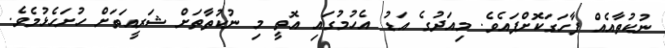
ނުކުތާއެއް ފާހަގަކޮށްފައެވެ. މިއަދުގެ އަޑު އެހުމުގައި އޮތީ މި ނުކުތާތަށް ޝަރީއަތަށް ހުށަހެޅުމެވެ.